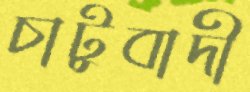
চাটুবাদী